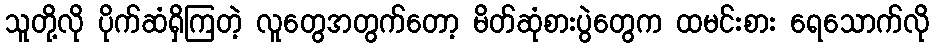
သူတို့လို ပိုက်ဆံရှိကြတဲ့ လူတွေအတွက်တော့ မိတ်ဆုံစားပွဲတွေက ထမင်းစား ရေသောက်လို